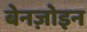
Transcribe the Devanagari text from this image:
बेनज़ोइन